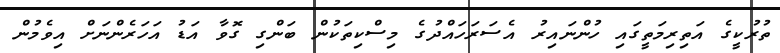
ތުރުކީގެ އަތިރިމަތީގައި ހުންނައިރު އެސަރަހައްދުގެ މިސްކިތަކުން ބަންގި ގޮވާ އަޑު އަހަރެންނަށް އިވެމުން